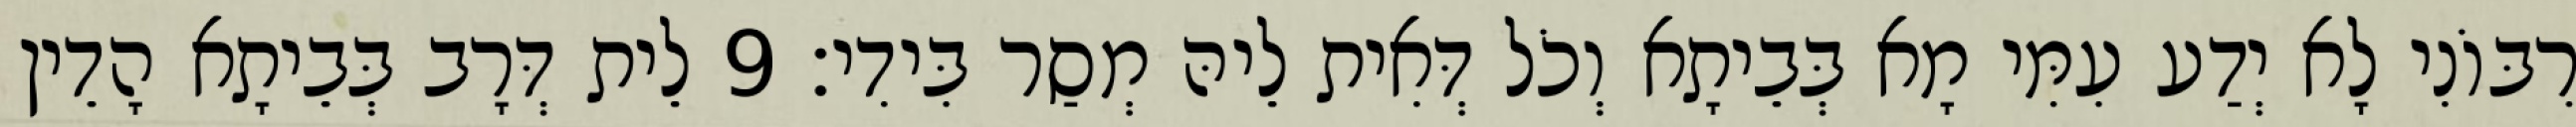
רִבּוֹנִי לָא יְדַע עִמִּי מָא בְּבֵיתָא וְכֹל דְּאִית לֵיהּ מְסַר בִּידִי׃ 9 לֵית דְּרָב בְּבֵיתָא הָדֵין